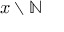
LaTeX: x \smallsetminus \mathbb { N }